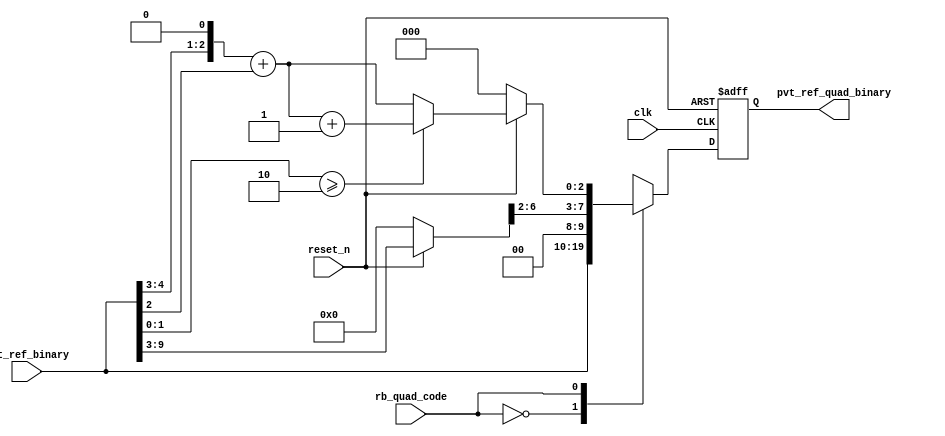
// This program was cloned from: https://github.com/intel/aib-phy-hardware
// License: Apache License 2.0

// SPDX-License-Identifier: Apache-2.0
// Copyright (C) 2019 Intel Corporation. All rights reserved
//------------------------------------------------------------------------
//
// Revision:    $Revision: #6 $
//------------------------------------------------------------------------
// Description: quadrature phase delay code generation logics
//------------------------------------------------------------------------

//------------------------------------------------------------------------
// To be considered :
// 1. any potential glitch between code switching?
//------------------------------------------------------------------------
module aibnd_quadph_code_gen 
#(
parameter FF_DELAY     = 200
)
(
   input  wire         clk,                     //reference clock from pll
   input  wire         reset_n,                 //output for dll reset
   input  wire  [9:0]  pvt_ref_binary,          //output binary pvt value for delay chain
   input  wire         rb_quad_code,   		//select between original or quadrature codes
   output reg   [9:0]  pvt_ref_quad_binary 	//quadrature code (binary) for delay chain
);

`ifdef TIMESCALE_EN
  timeunit 1ps;
  timeprecision 1ps;
`endif

wire [6:0] coarse_bin;
reg [2:0]  fint_bin;
wire [2:0] fine_bin;

reg [8:0]  coarse_divided_bin;
reg [4:0]  fine_divided_bin, coarse_frac_bin;

          always @(*)
                begin
                        if(~reset_n) begin
                                coarse_divided_bin = 9'b0_0000_0000;
                                fine_divided_bin = 5'b0_0000;
                                coarse_frac_bin = 5'b0_0000;
                                fint_bin = 3'b000;
                        end
                        else  begin
                                coarse_divided_bin = {2'b00,pvt_ref_binary[9:3]};
                                fine_divided_bin = {2'b00,pvt_ref_binary[2:0]};
//                                coarse_frac_bin = {1'b0,coarse_divided_bin[1:0],2'b00};  //****need to finalize what's the ratio between coarse/fine steps. current coding assumes 20ps/5ps=4
				coarse_frac_bin = {coarse_divided_bin[1:0],3'b000}; 
                                fint_bin = coarse_frac_bin[4:2] + fine_divided_bin[4:2];
                                         if ((fine_divided_bin[1:0] >= 2'd2)) begin
                                                fint_bin = fint_bin + 3'b001;
                                         end
                                         else begin
                                                fint_bin = fint_bin;
                                         end
                         end
                end

        assign coarse_bin = coarse_divided_bin[8:2];
 	assign fine_bin = fint_bin;

        always @(posedge clk or negedge reset_n)
                begin
                        if(~reset_n) begin
				pvt_ref_quad_binary <= #FF_DELAY 10'b00_0000_0000;
			end
			else case (rb_quad_code)
				1'b0 : pvt_ref_quad_binary <= #FF_DELAY pvt_ref_binary;
				1'b1 : pvt_ref_quad_binary <= #FF_DELAY {coarse_bin,fine_bin};
				default : pvt_ref_quad_binary <= #FF_DELAY {coarse_bin,fine_bin};
			endcase
		end 

endmodule // aibnd_quadph_code_gen